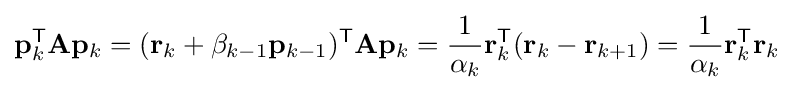
\mathbf {p} _{k}^{\mathsf {T}}\mathbf {A} \mathbf {p} _{k}=(\mathbf {r} _{k}+\beta _{k-1}\mathbf {p} _{k-1})^{\mathsf {T}}\mathbf {A} \mathbf {p} _{k}={\frac {1}{\alpha _{k}}}\mathbf {r} _{k}^{\mathsf {T}}(\mathbf {r} _{k}-\mathbf {r} _{k+1})={\frac {1}{\alpha _{k}}}\mathbf {r} _{k}^{\mathsf {T}}\mathbf {r} _{k}